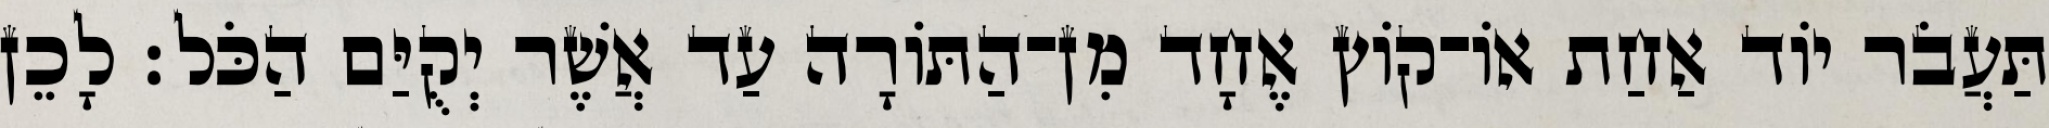
תַּעֲבֹר יוֹד אַחַת אוֹ־קוֹץ אֶחָד מִן־הַתּוֹרָה עַד אֲשֶׁר יְקֻיַּם הַכֹּל׃ לָכֵן